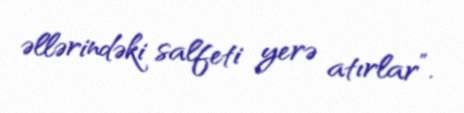
əllərindəki salfeti yerə atırlar”.